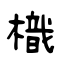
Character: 樴